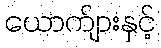
ယောက်ျားနှင့်